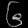
Digit: ၆